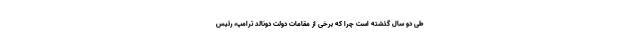
طی دو سال گذشته است چرا که برخی از مقامات دولت دونالد ترامپ، رئیس